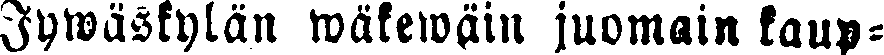
Jymäskylän wäkewäin juomain kaup-